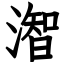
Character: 潪